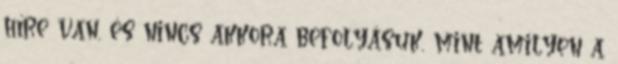
híre van, és nincs akkora befolyásuk, mint amilyen a